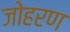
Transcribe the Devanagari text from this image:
जोहरण